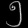
Digit: ၅